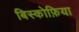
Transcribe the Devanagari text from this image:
बिस्कोफ़िया